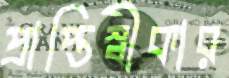
প্রাপ্তিস্বীকার